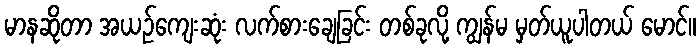
မာနဆိုတာ အယဉ်ကျေးဆုံး လက်စားချေခြင်း တစ်ခုလို့ ကျွန်မ မှတ်ယူပါတယ် မောင်။